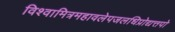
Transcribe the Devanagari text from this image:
विश्वामित्रमहावलेपजलधिप्रोद्यत्तपो